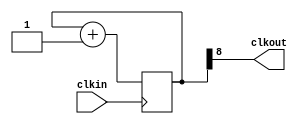
//prescaler dari 50Mhz dibagi 500 kali menjadi 100kHz atau 10uS

module prescale(clkin,clkout);

parameter bitScale= 9;
input clkin;
output clkout;
reg [bitScale-1:0] count= 0;

assign clkout= count[bitScale-1];

always @(posedge (clkin))
	count<= count+1'b1;

endmodule